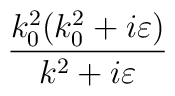
\frac{k_{0}^{2}(k_{0}^{2}+i\varepsilon )}{k^{2}+i\varepsilon }